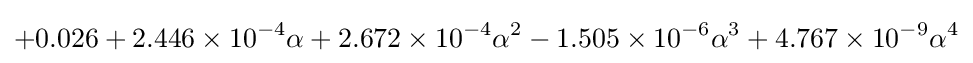
+0.026+2.446\times 10^{-4}\alpha +2.672\times 10^{-4}\alpha ^{2}-1.505\times 10^{-6}\alpha ^{3}+4.767\times 10^{-9}\alpha ^{4}